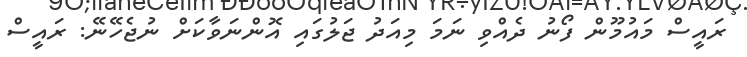
ރައީސް މައުމޫން ފޯނު ދެއްވި ނަމަ މިއަދު ޖަލުގައި އޮންނަވާކަށް ނުޖެހޭނޭ: ރައީސް